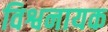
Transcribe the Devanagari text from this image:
विश्वनायक